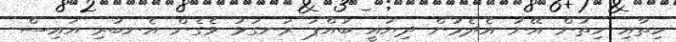
ހިތާއި ހިތުން އޭނަ އެދެމުން ދިޔައީ ބައްޕަ ރަނގަޅު ވެގެން އެނބުރި އައިސް